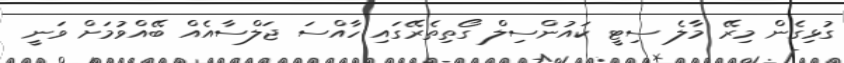
ގުޅިގެން މިރޭ މާލެ ސިޓީ ކައުންސިލް ގޯތިތެރޭގައި ހާއްސަ ޖަލްސާއެއް ބޭއްވުމަށް ވަނީ